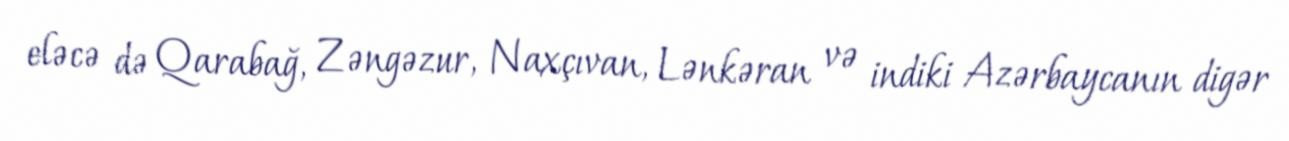
eləcə də Qarabağ, Zəngəzur, Naxçıvan, Lənkəran və indiki Azərbaycanın digər